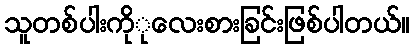
သူတစ်ပါးကိုုလေးစားခြင်းဖြစ်ပါတယ်။